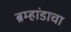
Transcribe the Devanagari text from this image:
ब्रम्हांडाचा